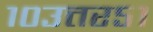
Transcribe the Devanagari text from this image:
१०उत्तर५१